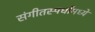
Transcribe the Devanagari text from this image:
संगीतस्पर्धांमध्ये